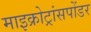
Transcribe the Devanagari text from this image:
माइक्रोट्रांसपोंडर